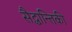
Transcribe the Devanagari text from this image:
सैद्धान्तिकी